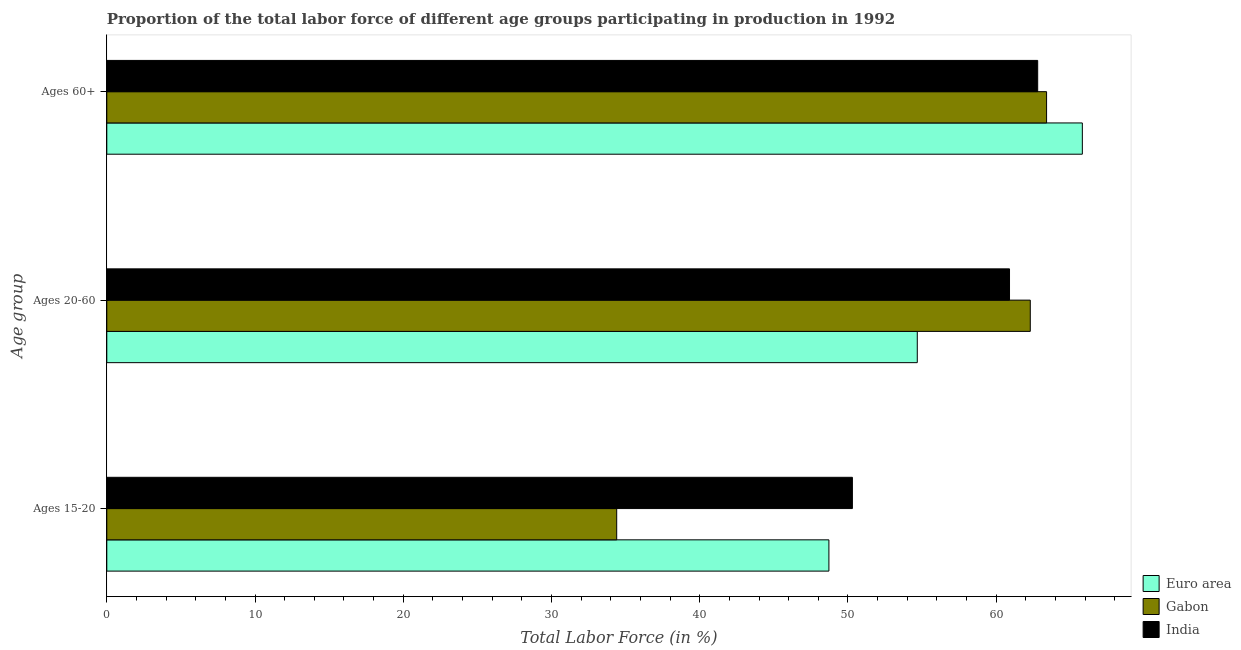
| Age group | Euro area | Gabon | India |
 | --- | --- | --- | --- |
 | Ages 15-20 | 48.7 | 34.4 | 50.3 |
 | Ages 20-60 | 54.7 | 62.3 | 60.9 |
 | Ages 60+ | 65.8 | 63.4 | 62.8 |